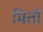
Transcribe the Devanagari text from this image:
मितों